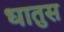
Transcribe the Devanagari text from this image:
धातुस